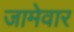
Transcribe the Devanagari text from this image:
जामेवार